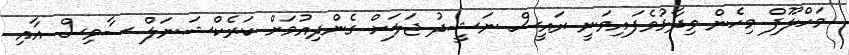
މަހްލޫފް މިހެން ވިދާޅުވެފައިވަނީ ރައީސް ނަޝީދު ޖަލަށް ގެންދިއުމަށް ކަރެކްޝަނަލް ސާވިސް އާއި